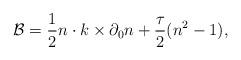
LaTeX: \begin{align*}{\cal B}={1\over 2} n\cdot k\times \partial_0 n + {\tau\over 2}(n^2-1),\end{align*}